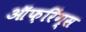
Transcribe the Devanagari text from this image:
ऑफ़रिंग्स